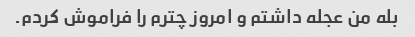
بله من عجله داشتم و امروز چترم را فراموش کردم.